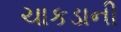
ચાકડાની